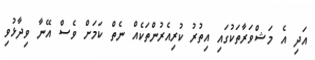
އަދި އެ މަޝްވަރާތަކުގައި އިތުރު ކުރިއެރުންތަކެއް ނެތް ކަމަށް ވެސް އޭނާ ވިދާޅުވި